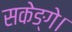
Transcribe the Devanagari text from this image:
सकेङ्गे।